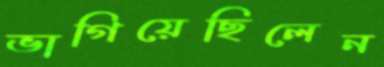
ভাগিয়েছিলেন